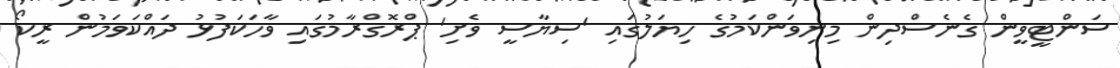
ސަންޓީވީން ގެނެސްދިން މިނިވަންކަމުގެ ހިޔަލުގައި 'ސިޔާސީ ވެށި' ޕްރޮގްރާމުގައި ވާހަކަފުޅު ދައްކަވަމުން ރީކޯ